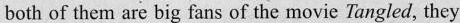
both of them are big fans of the movie Tangled, they